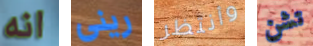
انه رينى وأنتظر تشن